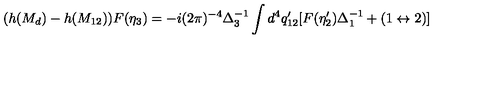
( h ( M _ { d } ) - h ( M _ { 1 2 } ) ) F ( \eta _ { 3 } ) = - i ( 2 \pi ) ^ { - 4 } \Delta _ { 3 } ^ { - 1 } \int d ^ { 4 } q _ { 1 2 } ^ { \prime } [ F ( \eta _ { 2 } ^ { \prime } ) \Delta _ { 1 } ^ { - 1 } + ( 1 \leftrightarrow 2 ) ]